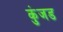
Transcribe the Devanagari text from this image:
कुंजड